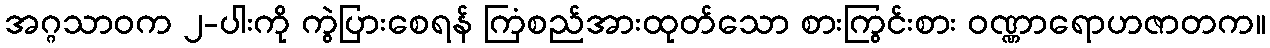
အဂ္ဂသာဝက ၂-ပါးကို ကွဲပြားစေရန် ကြံစည်အားထုတ်သော စားကြွင်းစား ဝဏ္ဏာရောဟဇာတက။